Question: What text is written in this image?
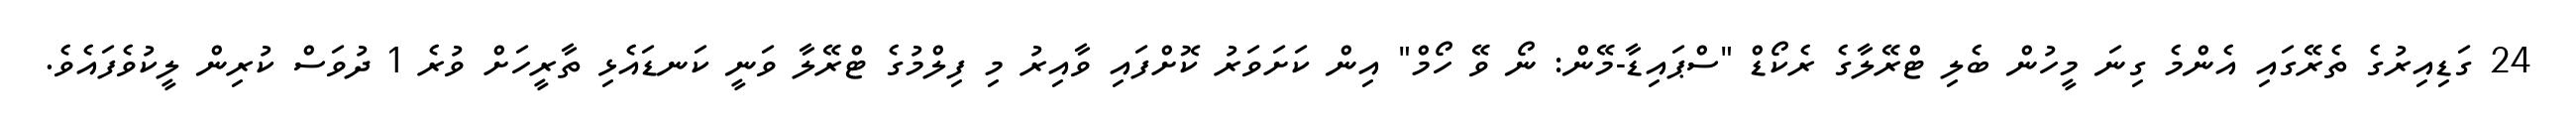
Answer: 24 ގަޑިއިރުގެ ތެރޭގައި އެންމެ ގިނަ މީހުން ބެލި ޓްރޭލާގެ ރެކޯޑް "ސްޕައިޑާ-މޭން: ނޯ ވޭ ހޯމް" އިން ކަށަވަރު ކޮށްފައި ވާއިރު މި ފިލްމުގެ ޓްރޭލާ ވަނީ ކަނޑައެޅި ތާރީހަށް ވުރެ 1 ދުވަސް ކުރިން ލީކުވެފައެވެ.